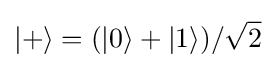
|+\rangle =(|0\rangle +|1\rangle )/{\sqrt {2}}